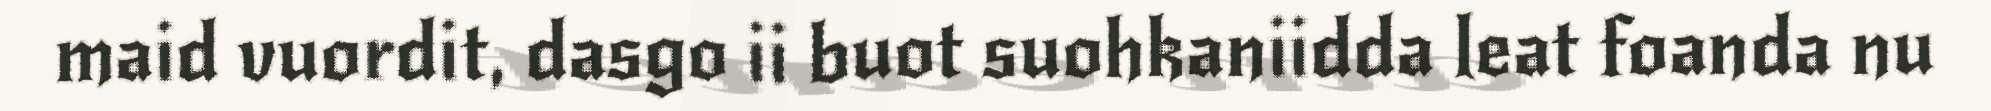
maid vuordit, dasgo ii buot suohkaniidda leat foanda nu